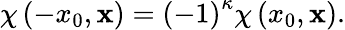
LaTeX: \chi\left(-x_{0},\mathbf{x}\right)=\left(-1\right)^{\kappa}\chi\left(x_{0},\mathbf{x}\right).